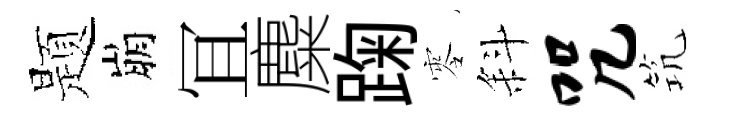
题崩冝麋踘零斜咒𥬑